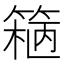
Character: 𬕢